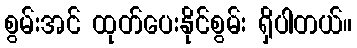
စွမ်းအင် ထုတ်ပေးနိုင်စွမ်း ရှိပါတယ်။